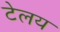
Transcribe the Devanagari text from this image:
टेलय